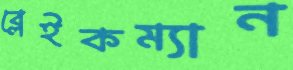
ব্লেইকম্যান